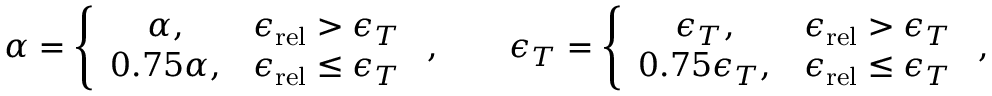
\alpha = \left\{ \begin{array} { c c } { \alpha , } & { { \epsilon _ { \mathrm { r e l } } } > \epsilon _ { T } } \\ { 0 . 7 5 \alpha , } & { { \epsilon _ { \mathrm { r e l } } } \leq \epsilon _ { T } } \end{array} \right. , \qquad \epsilon _ { T } = \left\{ \begin{array} { c c } { \epsilon _ { T } , } & { { \epsilon _ { \mathrm { r e l } } } > \epsilon _ { T } } \\ { 0 . 7 5 \epsilon _ { T } , } & { { \epsilon _ { \mathrm { r e l } } } \leq \epsilon _ { T } } \end{array} \right. ,